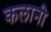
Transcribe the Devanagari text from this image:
कलानी